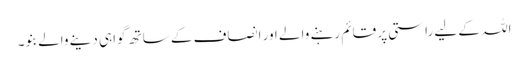
اللہ کے لیے راستی پر قائم رہنے والے اور انصاف کے ساتھ گواہی دینے والے بنو۔